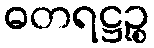
ဓတရဋ္ဌဉ္စ